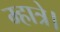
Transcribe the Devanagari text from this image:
म्हात्रे।